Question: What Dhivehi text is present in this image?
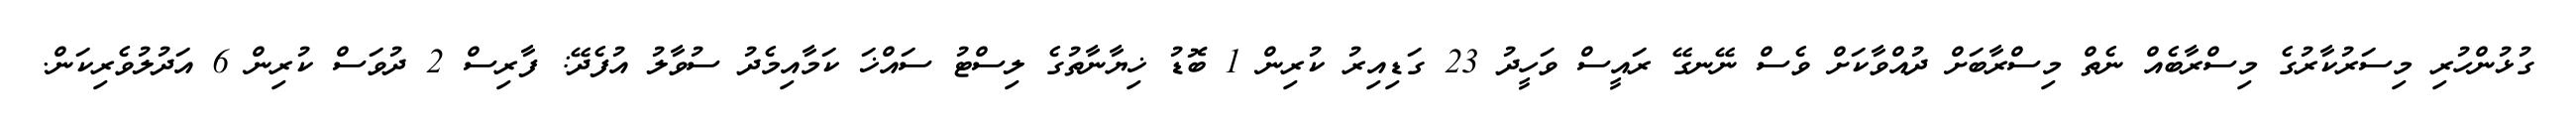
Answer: ގުޅުންހުރި މިސަރުކާރުގެ މިސްރާބެއް ނެތް މިސްރާބަށް ދުއްވާކަށް ވެސް ނޭނގޭ ރައީސް ވަހީދު 23 ގަޑިއިރު ކުރިން 1 ބޮޑު ޚިޔާނާތުގެ ލިސްޓު ސައްޚަ ކަމާއިމެދު ސުވާލު އުފެދޭ: ފާރިސް 2 ދުވަސް ކުރިން 6 އަދުލުވެރިކަން.